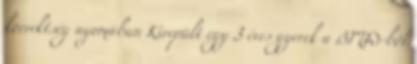
korrektség nyomában Kirepült egy 3 éves gyerek a BMW-ből